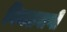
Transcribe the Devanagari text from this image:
विमलवाणी